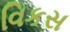
વિકસ